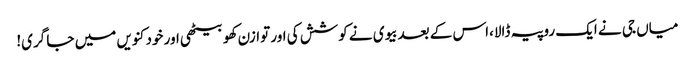
میاں جی نے ایک روپیہ ڈالا،اس کے بعدبیوی نے کوشش کی اور توازن کھو بیٹھی اور خود کنویں میں جا گری!